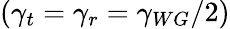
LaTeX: (\gamma_{t}=\gamma_{r}=\gamma_{WG}/2)